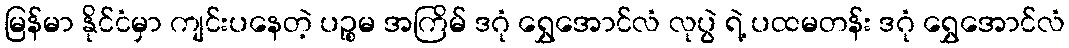
မြန်မာ နိုင်ငံမှာ ကျင်းပနေတဲ့ ပဉ္စမ အကြိမ် ဒဂုံ ရွှေအောင်လံ လုပွဲ ရဲ့ ပထမတန်း ဒဂုံ ရွှေအောင်လံ